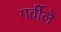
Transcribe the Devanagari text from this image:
गर्वीले